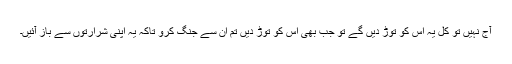
آج نہیں تو کل یہ اس کو توڑ دیں گے تو جب بھی اس کو توڑ دیں تم ان سے جنگ کرو تاکہ یہ اپنی شرارتوں سے باز آئیں۔